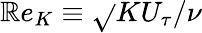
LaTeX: \mathbb{R}e_{K}\equiv\sqrt{}{{K}}U_{\tau}/\nu